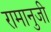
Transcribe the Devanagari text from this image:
रामानुजी